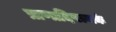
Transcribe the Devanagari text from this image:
प्राणादिपञ्चकं